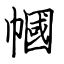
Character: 幗